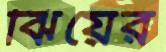
ঝিয়ের